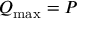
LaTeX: Q _ { \mathrm { m a x } } = P